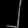
Digit: ၂